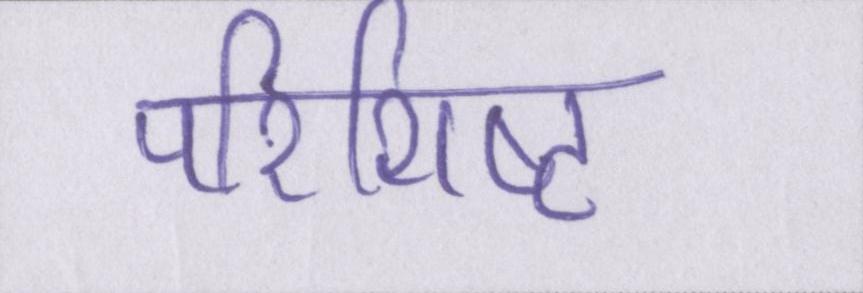
परिशिष्ट